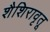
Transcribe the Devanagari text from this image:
शैशिरावृतू